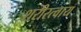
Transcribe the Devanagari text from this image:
शरीरत्वाय